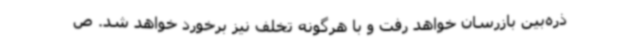
ذره‌بین بازرسان خواهد رفت و با هرگونه تخلف نیز برخورد خواهد شد. ص